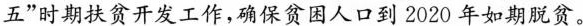
五”时期扶贫开发工作，确保贫困人口到2020年如期脱贫。